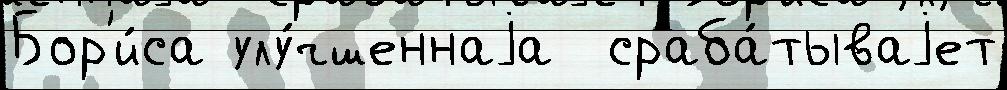
Бор'и́са улу́чшеннаjа  сраба́тываjет